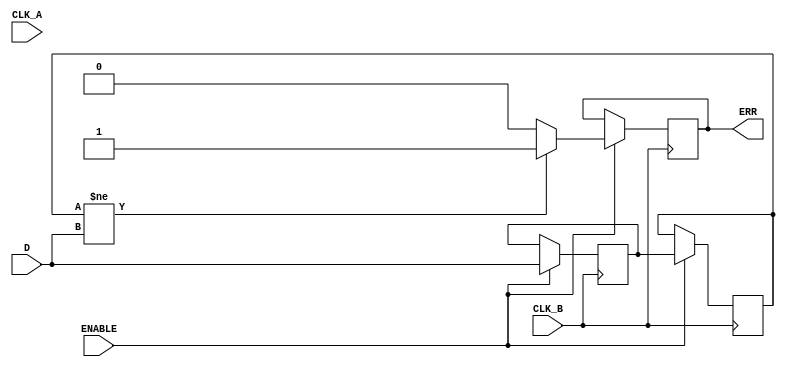
module cdc_detector (
    input wire D,          // Data signal crossing clock domains
    input wire CLK_A,      // Source clock
    input wire CLK_B,      // Destination clock
    input wire ENABLE,     // Optional enable signal
    output reg ERR         // Error signal output
);

    // Synchronization flip-flops
    reg sync_ff1;
    reg sync_ff2;

    // Error detection logic
    always @(posedge CLK_B) begin
        if (ENABLE) begin
            // Synchronize the data signal to the destination clock domain
            sync_ff1 <= D;         // First stage of synchronization
            sync_ff2 <= sync_ff1;  // Second stage of synchronization
            
            // Check for error condition
            if (sync_ff2 != D) begin
                ERR <= 1'b1;        // Set error flag if mismatch occurs
            end else begin
                ERR <= 1'b0;        // Clear error flag if no mismatch
            end
        end
    end

endmodule